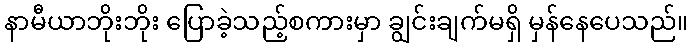
နာမီယာဘိုးဘိုး ပြောခဲ့သည့်စကားမှာ ချွင်းချက်မရှိ မှန်နေပေသည်။